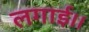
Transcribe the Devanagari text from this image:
लगाई।।